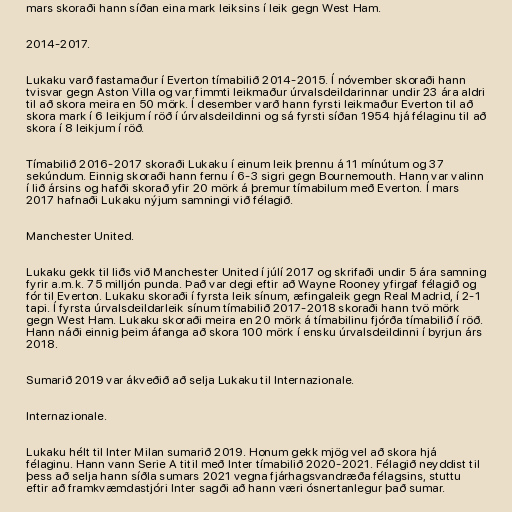
mars skoraði hann síðan eina mark leiksins í leik gegn West Ham.

2014-2017.

Lukaku varð fastamaður í Everton tímabilið 2014-2015. Í nóvember skoraði hann
tvisvar gegn Aston Villa og var fimmti leikmaður úrvalsdeildarinnar undir 23 ára aldri
til að skora meira en 50 mörk. Í desember varð hann fyrsti leikmaður Everton til að
skora mark í 6 leikjum í röð í úrvalsdeildinni og sá fyrsti síðan 1954 hjá félaginu til að
skora í 8 leikjum í röð.

Tímabilið 2016-2017 skoraði Lukaku í einum leik þrennu á 11 mínútum og 37
sekúndum. Einnig skoraði hann fernu í 6-3 sigri gegn Bournemouth. Hann var valinn
í lið ársins og hafði skorað yfir 20 mörk á þremur tímabilum með Everton. Í mars
2017 hafnaði Lukaku nýjum samningi við félagið.

Manchester United.

Lukaku gekk til liðs við Manchester United í júlí 2017 og skrifaði undir 5 ára samning
fyrir a.m.k. 75 milljón punda. Það var degi eftir að Wayne Rooney yfirgaf félagið og
fór til Everton. Lukaku skoraði í fyrsta leik sínum, æfingaleik gegn Real Madrid, í 2-1
tapi. Í fyrsta úrvalsdeildarleik sínum tímabilið 2017-2018 skoraði hann tvö mörk
gegn West Ham. Lukaku skoraði meira en 20 mörk á tímabilinu fjórða tímabilið í röð.
Hann náði einnig þeim áfanga að skora 100 mörk í ensku úrvalsdeildinni í byrjun árs
2018.

Sumarið 2019 var ákveðið að selja Lukaku til Internazionale.

Internazionale.

Lukaku hélt til Inter Milan sumarið 2019. Honum gekk mjög vel að skora hjá
félaginu. Hann vann Serie A titil með Inter tímabilið 2020-2021. Félagið neyddist til
þess að selja hann síðla sumars 2021 vegna fjárhagsvandræða félagsins, stuttu
eftir að framkvæmdastjóri Inter sagði að hann væri ósnertanlegur það sumar.